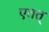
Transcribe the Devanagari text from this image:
एतत्‌